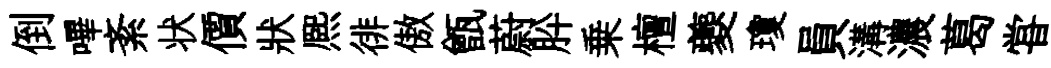
倒嗶紊状價狀熈徘傲甑蔚肸乗檀夔瓊員溝濃葛甞